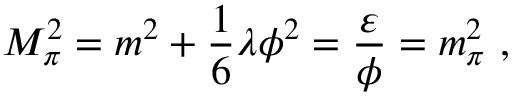
M _ { \pi } ^ { 2 } = m ^ { 2 } + \frac { 1 } { 6 } \lambda \phi ^ { 2 } = \frac { \varepsilon } { \phi } = m _ { \pi } ^ { 2 } ~ ,